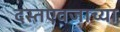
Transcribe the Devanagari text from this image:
दस्तएवजाच्या